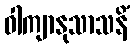
ဝါကျာနုသာသနိံ